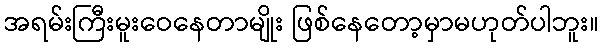
အရမ်းကြီးမူးဝေနေတာမျိုး ဖြစ်နေတော့မှာမဟုတ်ပါဘူး။